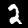
Label: 2